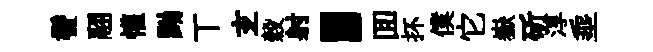
鬢翮懽黝丅𤣥穀射，囬抔僕它嶽斫淳埀